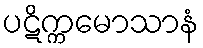
ပဋိက္ကမောသာနံ